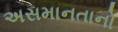
અસમાનતાનો